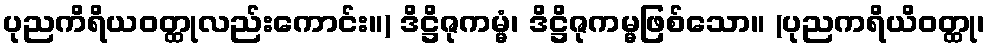
ပုညကိရိယဝတ္ထုလည်းကောင်း။) ဒိဋ္ဌိဇုကမ္မံ၊ ဒိဋ္ဌိဇုကမ္မဖြစ်သော။ (ပုညကရိယိဝတ္ထု၊